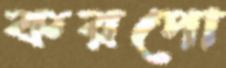
করপো